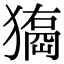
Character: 𤢃